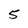
Character: 5